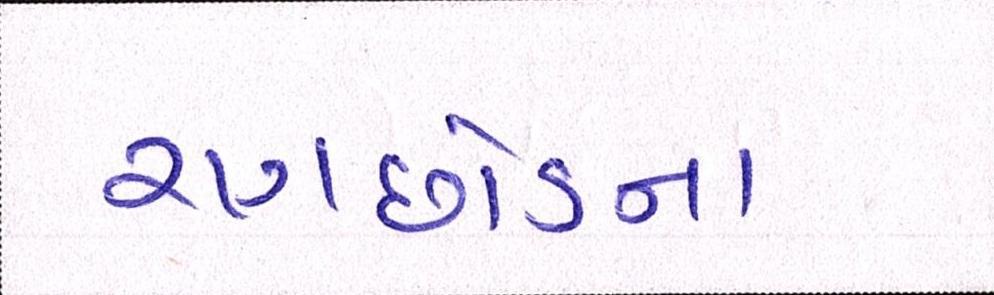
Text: રણછોડના